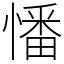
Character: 憣